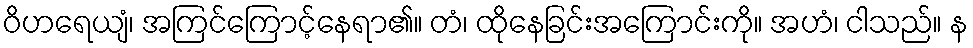
ဝိဟရေယျံ၊ အကြင်ကြောင့်နေရာ၏။ တံ၊ ထိုနေခြင်းအကြောင်းကို။ အဟံ၊ ငါသည်။ န